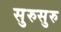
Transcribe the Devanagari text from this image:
सुरुसुरु